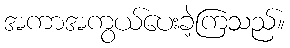
အကာအကွယ်ပေးခဲ့ကြသည်။